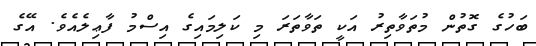
ބަހުގެ ގޮތުން މުތަވާތިރު އަކީ ތަވާތަރަ މި ކަލިމައިގެ އިސްމު ފާޢިލެއެވެ. އޭގެ